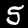
Label: 5